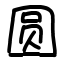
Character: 圆